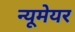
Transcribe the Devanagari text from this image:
न्यूमेयर